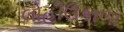
લોહીઉકાળા